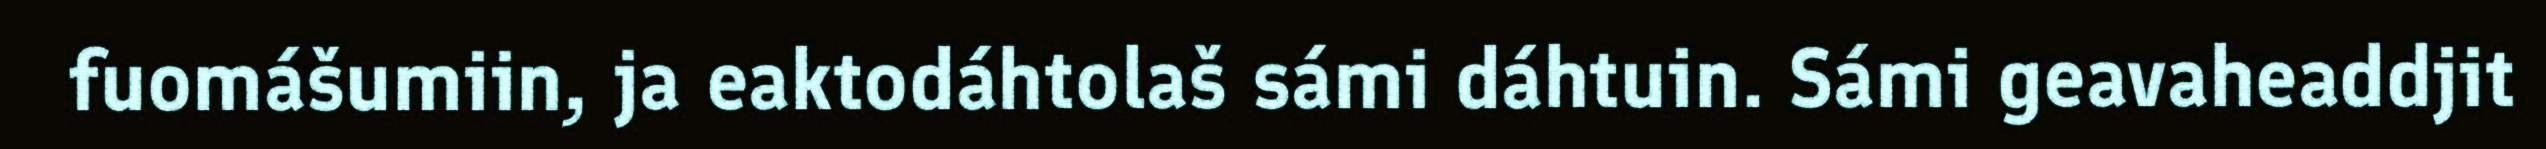
fuomášumiin, ja eaktodáhtolaš sámi dáhtuin. Sámi geavaheaddjit